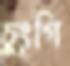
চুংগি